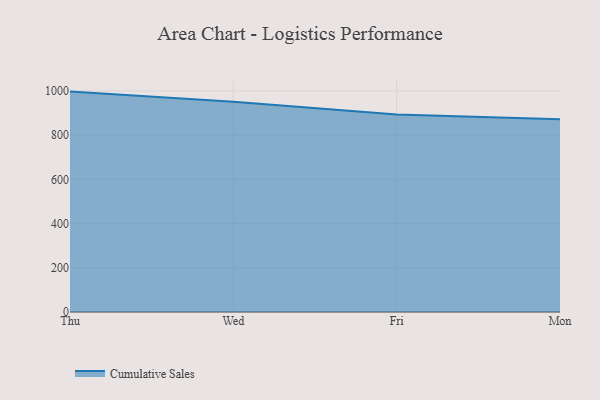
{"axis": {"x": "Day", "y": "Website Visitors"}, "legend": ["Cumulative Sales"], "data": [{"x": "Thu", "y": 997.2, "type": "Cumulative Sales"}, {"x": "Wed", "y": 951.0, "type": "Cumulative Sales"}, {"x": "Fri", "y": 893.4, "type": "Cumulative Sales"}, {"x": "Mon", "y": 871.8, "type": "Cumulative Sales"}]}